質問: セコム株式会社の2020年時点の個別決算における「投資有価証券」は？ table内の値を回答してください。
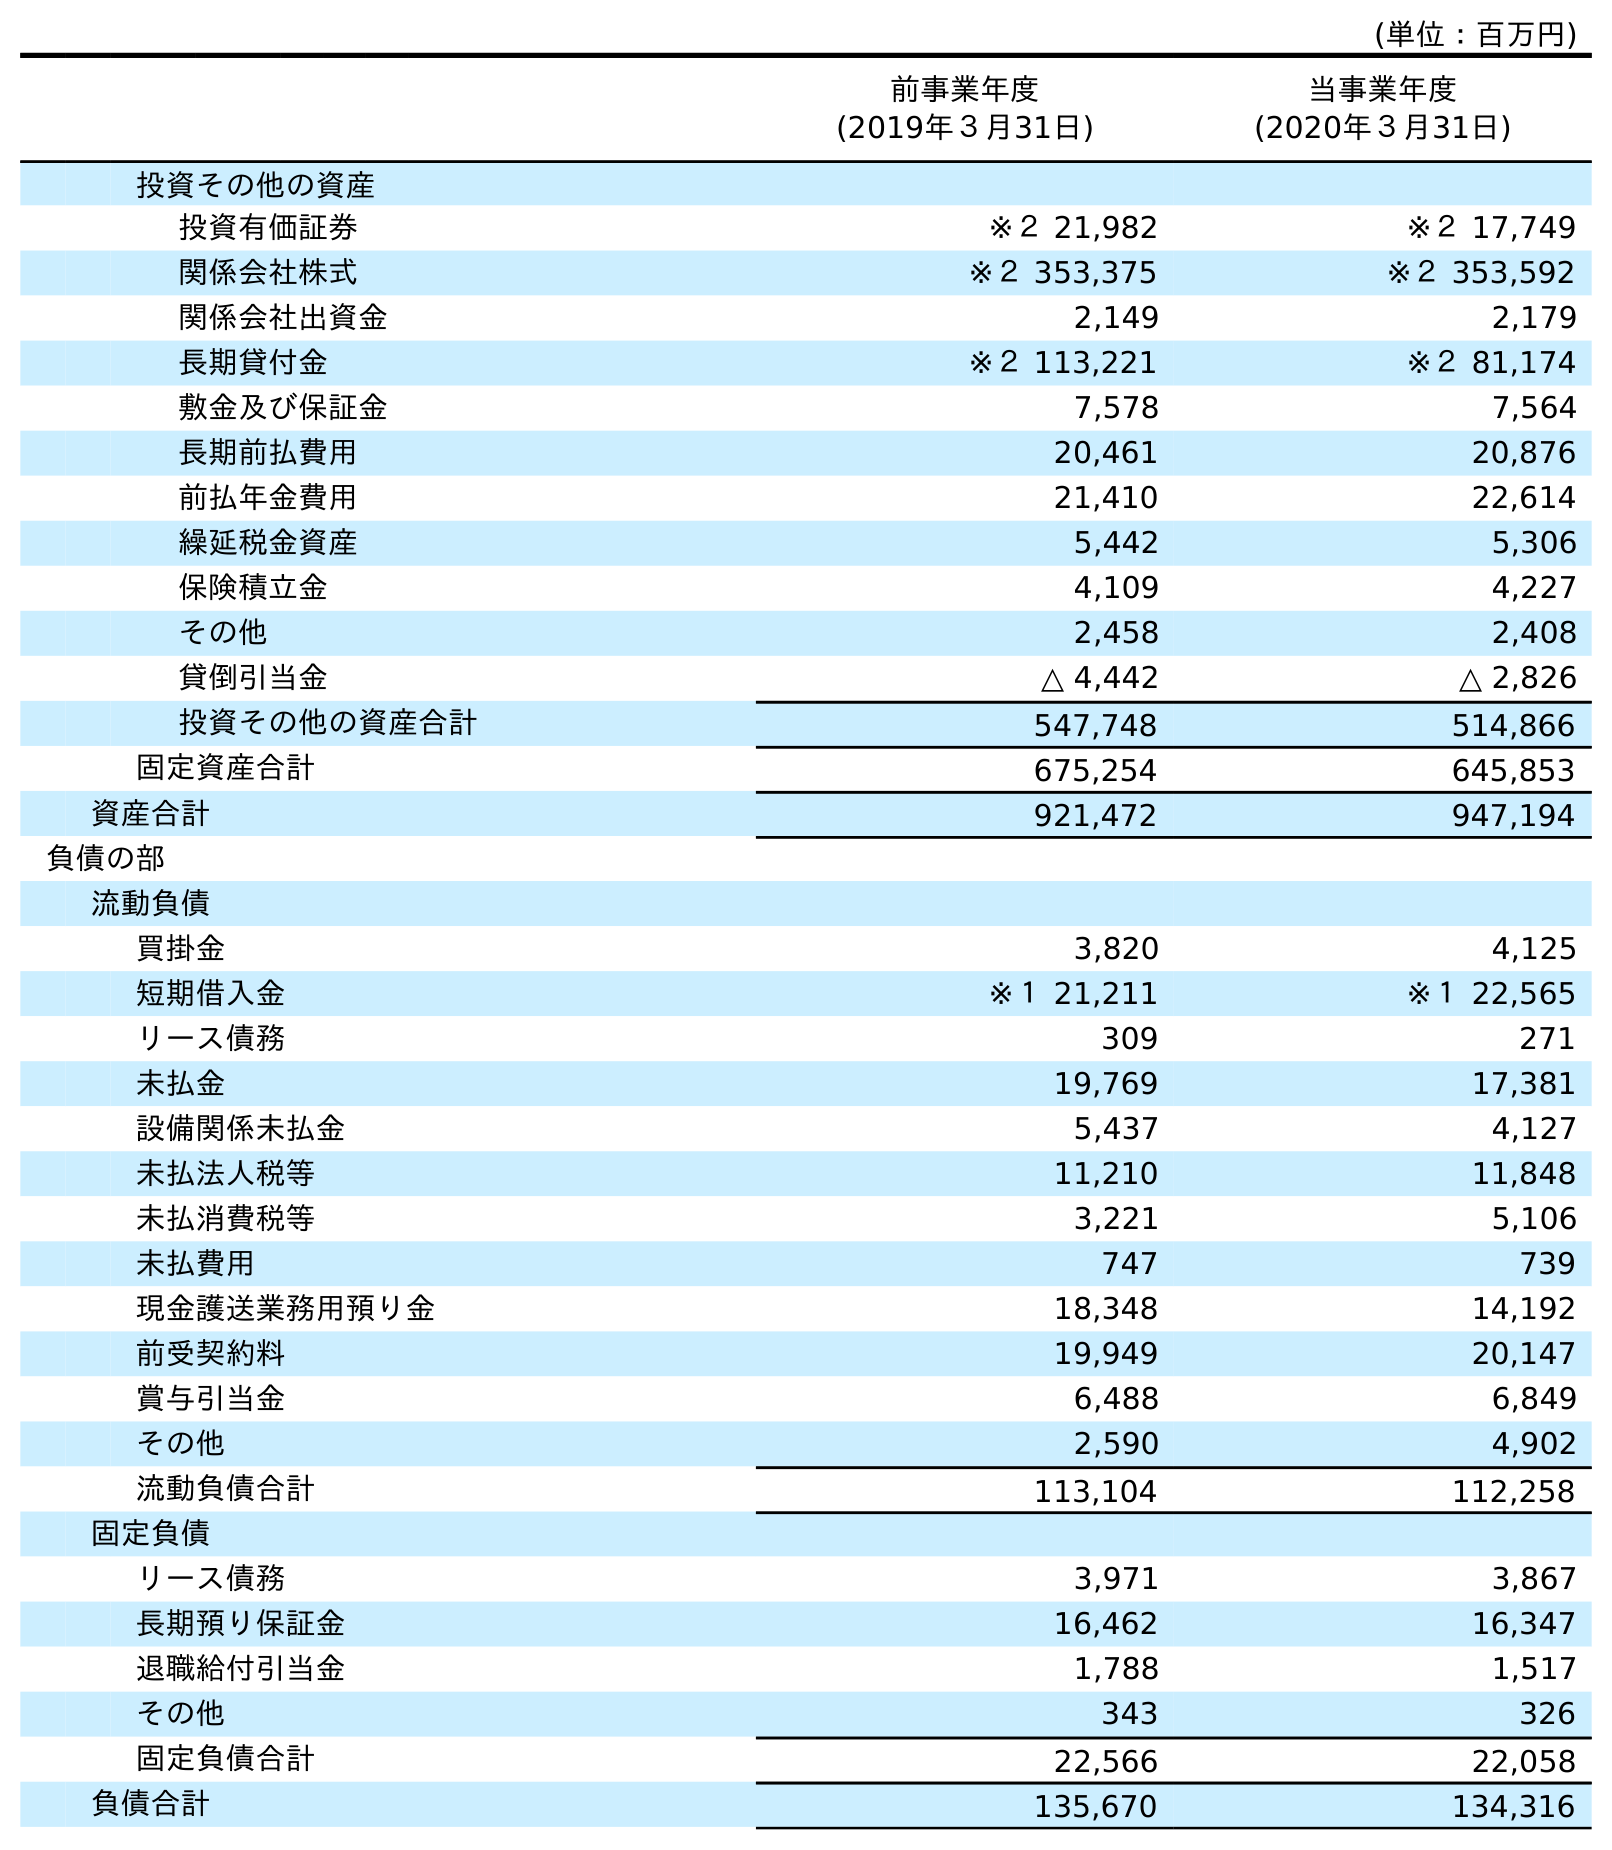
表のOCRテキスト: (単位：百万円) 前事業年度 (2019年３月31日) 当事業年度 (2020年３月31日) 投資その他の資産 投資有価証券 ※２ 21,982 ※２ 17,749 関係会社株式 ※２ 353,375 ※２ 353,592 関係会社出資金 2,149 2,179 長期貸付金 ※２ 113,221 ※２ 81,174 敷金及び保証金 7,578 7,564 長期前払費用 20,461 20,876 前払年金費用 21,410 22,614 繰延税金資産 5,442 5,306 保険積立金 4,109 4,227 その他 2,458 2,408 貸倒引当金 △ 4,442 △ 2,826 投資その他の資産合計 547,748 514,866 固定資産合計 675,254 645,853 資産合計 921,472 947,194 負債の部 流動負債 買掛金 3,820 4,125 短期借入金 ※１ 21,211 ※１ 22,565 リース債務 309 271 未払金 19,769 17,381 設備関係未払金 5,437 4,127 未払法人税等 11,210 11,848 未払消費税等 3,221 5,106 未払費用 747 739 現金護送業務用預り金 18,348 14,192 前受契約料 19,949 20,147 賞与引当金 6,488 6,849 その他 2,590 4,902 流動負債合計 113,104 112,258 固定負債 リース債務 3,971 3,867 長期預り保証金 16,462 16,347 退職給付引当金 1,788 1,517 その他 343 326 固定負債合計 22,566 22,058 負債合計 135,670 134,316
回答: ※２17,749